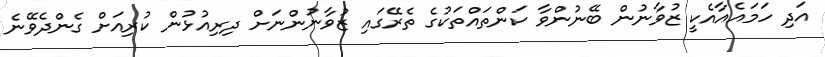
އަދި ހަމައެއާއެކީ ޒުވާނުން ބޭނުންވާ ކަންތައްތަކުގެ ތެރޭގައި ޒުވާނުންނަށް ދިރިއުޅުން ކުރިއަށް ގެންދެވޭނެ